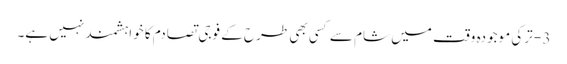
3 - ترکی موجودہ وقت میں شام سے کسی بھی طرح کے فوجی تصادم کا خواہشمند نہیں ہے۔